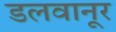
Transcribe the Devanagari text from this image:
डलवानूर